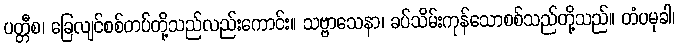
ပတ္တီစ၊ ခြေလျင်စစ်တပ်တို့သည်လည်းကောင်း။ သဗ္ဗာသေနာ၊ ခပ်သိမ်းကုန်သောစစ်သည်တို့သည်။ တံပမုခါ၊